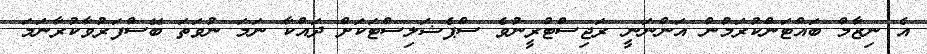
އެ ނިޒާމް ބައްޓަންކުރަމުން އަންނަނީ ރަޖިސްޓްރީނުވެ ސްޕެޝަލިސްޓަކަށް ދައްކާ ނަމަ ނުވަތަ ބޭސްފަރުވާކުރާނަމަ